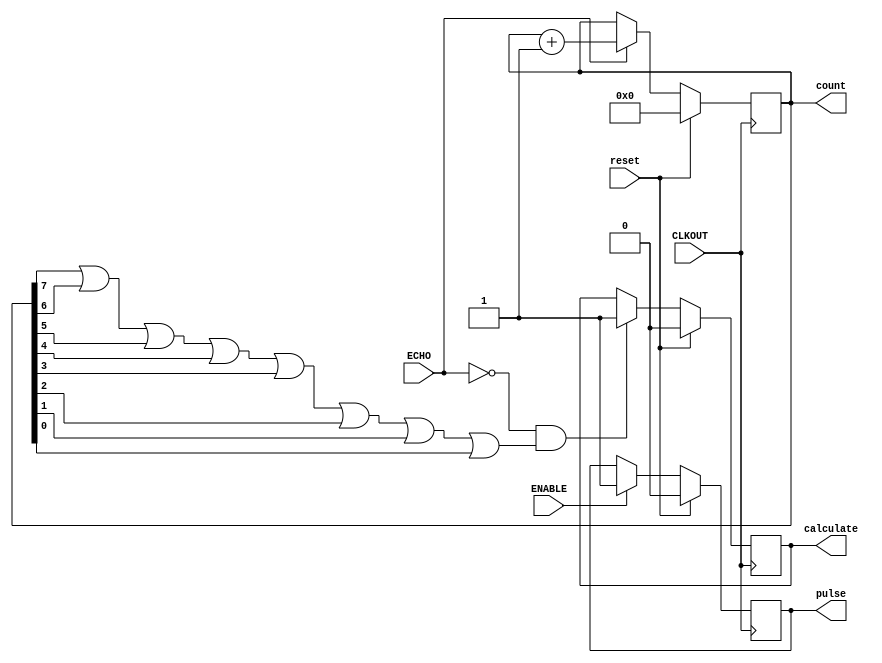
module contador		(
				output wire	[7:0] count,
				output reg	pulse,
				output reg	calculate,
				input	ECHO,
				//input	sign,
				input	ENABLE,
				input	CLKOUT,
				input	reset
			);
	reg [7:0] count0;
	reg logico;
	//reg calculate;
	initial 
	begin
		count0=0;
		pulse=0;
		calculate=0;
	end
	
	always@(posedge CLKOUT)
	begin
		logico=(count0[7]||count0[6]||count0[5]||count0[4]||count0[3]||count0[2]||count0[1]||count0[0]);
		if(reset)
		begin
			count0=0;
			calculate=0;
			pulse=0;
		end
		//	Da la orden de mandar un pulso
		else
		begin
			if(ENABLE)
			begin
				pulse=1'b1;
			end
			//
			//	Cuenta el rango que tiene el pulso del ECHO del sensor
			//
			if(ECHO)
			begin
				count0=count0+1;
			end
			if(!ECHO && logico)
			begin
				calculate = 1;
			end
		end
	end
	assign count = count0;
endmodule